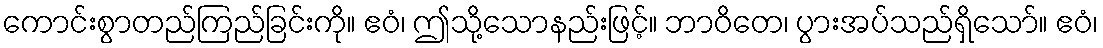
ကောင်းစွာတည်ကြည်ခြင်းကို။ ဧဝံ၊ ဤသို့သောနည်းဖြင့်။ ဘာဝိတေ၊ ပွားအပ်သည်ရှိသော်။ ဧဝံ၊